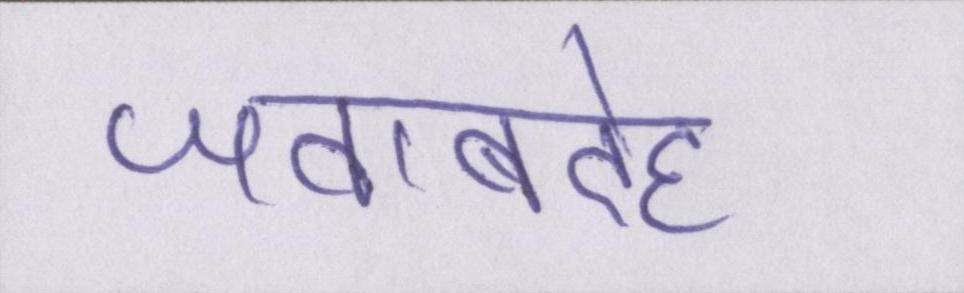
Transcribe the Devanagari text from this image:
जवाबदेह